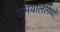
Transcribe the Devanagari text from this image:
उभयलिंगियों